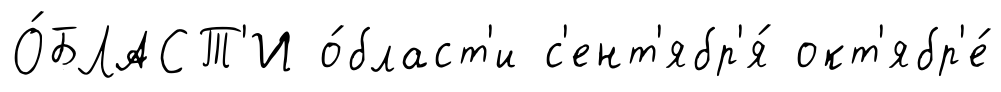
О́БЛАСТ'И о́бласт'и с'ент'ябр'я́ окт'ябр'е́